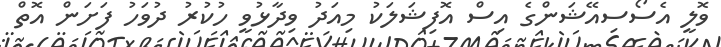
ވޮލީ އެސޯސިއޭޝަންގެ އިސް އޮފިޝަލަކު މިއަދު ވިދާޅުވީ ހުކުރު ދުވަހު ފަށަން އޮތް